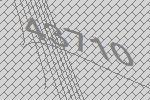
43710